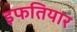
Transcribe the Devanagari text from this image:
इफतियार